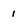
Character: 1